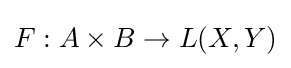
F:A\times B\to L(X,Y)